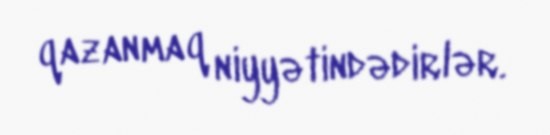
qazanmaq niyyətindədirlər.